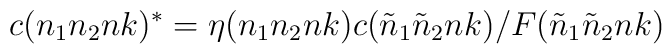
c(n_1n_2nk)^*=\eta(n_1n_2nk) c({\tilde n}_1{\tilde n}_2nk)/F({\tilde n}_1{\tilde n}_2nk)